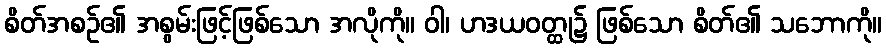
စိတ်အစဉ်၏ အစွမ်းဖြင့်ဖြစ်သော အလိုကို။ ဝါ၊ ဟဒယဝတ္ထု၌ ဖြစ်သော စိတ်၏ သဘောကို။